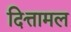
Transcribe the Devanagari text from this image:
दित्तामल